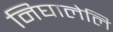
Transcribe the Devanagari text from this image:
निघालेलि